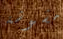
مشوشة